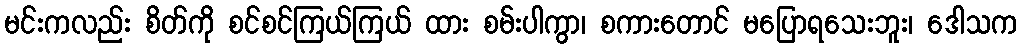
မင်းကလည်း စိတ်ကို စင်စင်ကြယ်ကြယ် ထား စမ်းပါကွာ၊ စကားတောင် မပြောရသေးဘူး၊ ဒေါသက